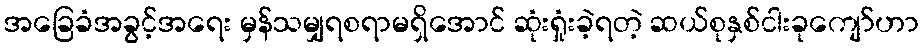
အခြေခံအခွင့်အရေး မှန်သမျှရစရာမရှိအောင် ဆုံးရှုံးခဲ့ရတဲ့ ဆယ်စုနှစ်ငါးခုကျော်ဟာ